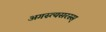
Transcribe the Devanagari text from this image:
अगस्त्यसरस्स्